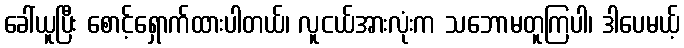
ခေါ်ယူပြီး စောင့်ရှောက်ထားပါတယ်၊ လူငယ်အားလုံးက သဘောမတူကြပါ၊ ဒါပေမယ့်